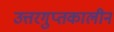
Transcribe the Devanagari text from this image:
उत्तरगुप्तकालीन